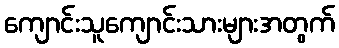
ကျောင်းသူကျောင်းသားများအတွက်